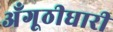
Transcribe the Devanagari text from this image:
अँगूठीधारी